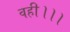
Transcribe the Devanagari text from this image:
वही।।।